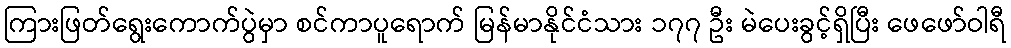
ကြားဖြတ်ရွေးကောက်ပွဲမှာ စင်ကာပူရောက် မြန်မာနိုင်ငံသား ၁၇၇ ဦး မဲပေးခွင့်ရှိပြီး ဖေဖော်ဝါရီ